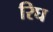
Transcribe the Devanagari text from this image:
रिघ